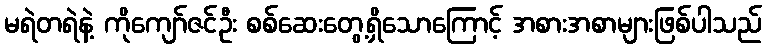
မရဲတရဲနဲ့ ကိုကျော်ဇင်ဦး စစ်ဆေးတွေ့ရှိသောကြောင့် အစားအစာများဖြစ်ပါသည်